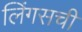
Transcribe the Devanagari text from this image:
लिंगसची